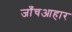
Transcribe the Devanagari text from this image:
जाँचआहार